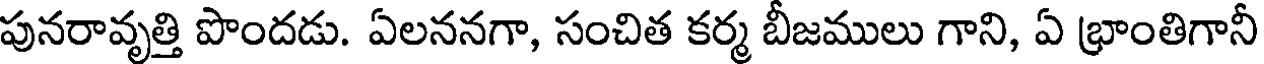
పునరావృత్తి పొందడు. ఏలననగా, సంచిత కర్మ బీజములు గాని, ఏ భ్రాంతిగానీ